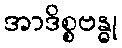
အာဒိစ္စဗန္ဓု